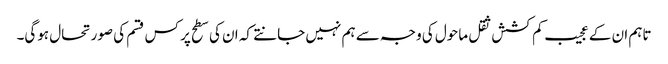
تاہم ان کے عجیب کم کشش ثقل ماحول کی وجہ سے ہم نہیں جانتے کہ ان کی سطح پر کس قسم کی صورتحال ہوگی۔